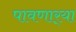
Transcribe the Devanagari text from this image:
पावणार्‍या